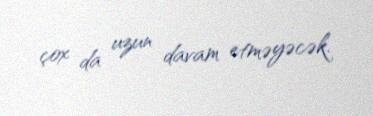
çox da uzun davam etməyəcək.